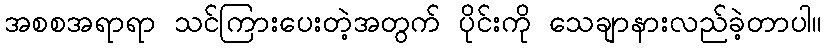
အစစအရာရာ သင်ကြားပေးတဲ့အတွက် ပိုင်းကို သေချာနားလည်ခဲ့တာပါ။